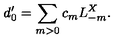
d _ { 0 } ^ { \prime } = \sum _ { m > 0 } c _ { m } L _ { - m } ^ { X } .